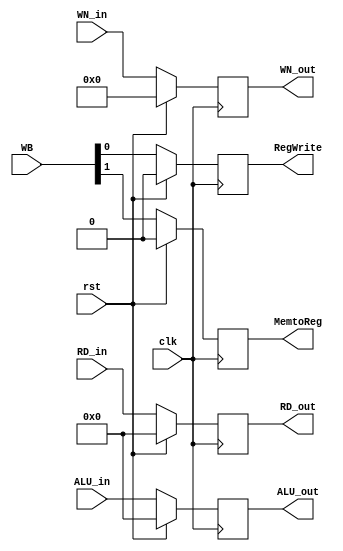
module MEM_WB( RD_in, RD_out, ALU_in, ALU_out, WN_in, WN_out, WB, MemtoReg, RegWrite, clk, rst );
	input [31:0] RD_in, ALU_in;
	input [4:0] WN_in;
	input [1:0] WB;
	input clk, rst;
	output [31:0] RD_out, ALU_out;
	output [4:0] WN_out;
	output MemtoReg, RegWrite;
	
	reg [31:0] RD_out, ALU_out;
	reg [4:0] WN_out;
	reg MemtoReg, RegWrite;
	
	always @ ( posedge clk ) begin
		if ( rst ) begin
			RD_out <= 32'b0;
			ALU_out <= 32'b0;
			WN_out <= 5'b0;
			MemtoReg <= 1'b0;
			RegWrite <= 1'b0;
		end
		else begin
			RD_out <= RD_in;
			ALU_out <= ALU_in;
			WN_out <= WN_in;
			MemtoReg <= WB[1];
			RegWrite <= WB[0];
		end
	end
endmodule